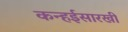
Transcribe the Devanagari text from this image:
कन्हईसारखी